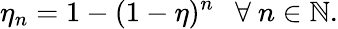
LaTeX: \eta_{n}=1-(1-\eta)^{n}~~~\forall~n\in\mathbb{N}.